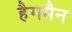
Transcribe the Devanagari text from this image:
हैगमैन